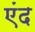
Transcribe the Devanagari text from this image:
एंद